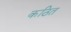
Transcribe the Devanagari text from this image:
कठित